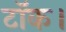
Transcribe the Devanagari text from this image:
टॉक।